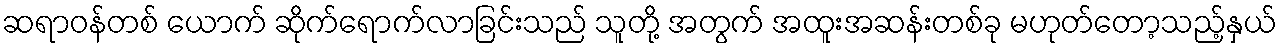
ဆရာဝန်တစ် ယောက် ဆိုက်ရောက်လာခြင်းသည် သူတို့ အတွက် အထူးအဆန်းတစ်ခု မဟုတ်တော့သည့်နှယ်